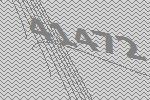
41472